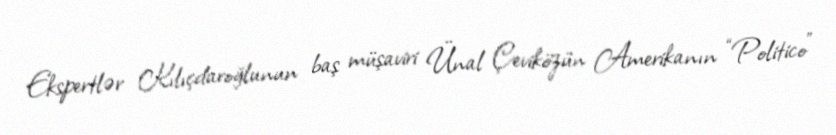
Ekspertlər Kılıçdaroğlunun baş müşaviri Ünal Çeviközün Amerikanın “Politico”